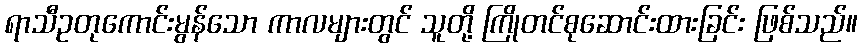
ရာသီဥတုကောင်းမွန်သော ကာလများတွင် သူတို့ ကြိုတင်စုဆောင်းထားခြင်း ဖြစ်သည်။